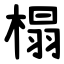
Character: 榻